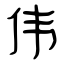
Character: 伟